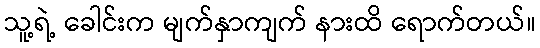
သူ့ရဲ့ ခေါင်းက မျက်နှာကျက် နားထိ ရောက်တယ်။